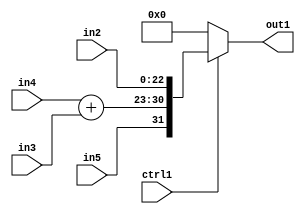
`timescale 1ps / 1ps
/*****************************************************************************
    Verilog RTL Description
    
    
    Created by: CellMath Designer 2019.1.01 
*******************************************************************************/

module fix2float_MuxCats23CatAdd2u8s8s1i0u1_4_0 (
	in5,
	in4,
	in3,
	in2,
	ctrl1,
	out1
	); /* architecture "behavioural" */ 
input  in5;
input [7:0] in4,
	in3;
input [22:0] in2;
input  ctrl1;
output [31:0] out1;
wire [31:0] asc001,
	asc003;
wire [7:0] asc005;

assign asc005 = 
	+(in4)
	+(in3);

assign asc003 = {in5,asc005,in2};

reg [31:0] asc001_tmp_0;
assign asc001 = asc001_tmp_0;
always @ (ctrl1 or asc003) begin
	case (ctrl1)
		1'B1 : asc001_tmp_0 = asc003 ;
		default : asc001_tmp_0 = 32'B00000000000000000000000000000000 ;
	endcase
end

assign out1 = asc001;
endmodule

/* CADENCE  vrT0Qwo= : u9/ySgnWtBlWxVPRXgAZ4Og= ** DO NOT EDIT THIS LINE ******/